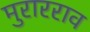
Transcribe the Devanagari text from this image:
मुरारराव